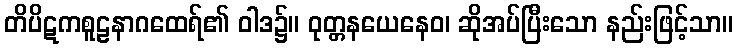
တိပိဋကစူဠနာဂထေရ်၏ ဝါဒ၌။ ဝုတ္တနယေနေဝ၊ ဆိုအပ်ပြီးသော နည်းဖြင့်သာ။